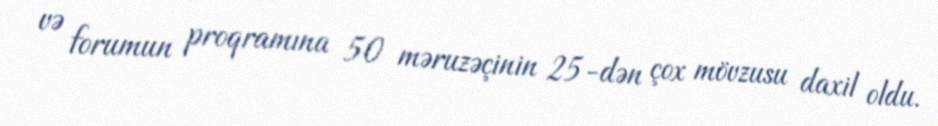
və forumun proqramına 50 məruzəçinin 25-dən çox mövzusu daxil oldu.